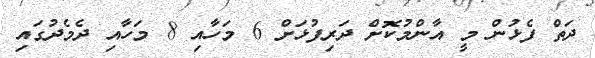
ދަތް ފެޅުން މީ އާންމުކޮށް ދަރިފުޅަށް 6 މަހާއި 8 މަހާއި ދެމެދުގައި